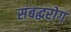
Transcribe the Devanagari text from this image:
संबद्धरोग